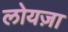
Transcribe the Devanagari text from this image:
लोयज़ा